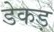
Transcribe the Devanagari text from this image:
डेकड़